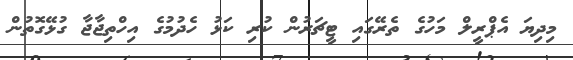
މިދިޔަ އެޕްރީލް މަހުގެ ތެރޭގައި ޓީޗަރުން ކުރި ކަޅު ހެދުމުގެ އިހްތިޖާޖާ ގުޅޭގޮތުން